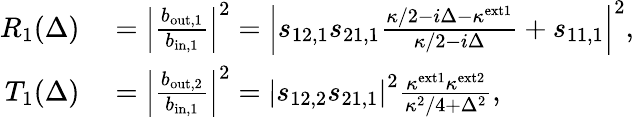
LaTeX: \begin{array}{rl}{R_{1}(\Delta)}&{{}=\left|\frac{b_{\mathrm{out,1}}}{b_{\mathrm{in,1}}}\right|^{2}=\left|s_{12,1}s_{21,1}\frac{\kappa/2-i\Delta-\kappa^{\mathrm{ext1}}}{\kappa/2-i\Delta}+s_{11,1}\right|^{2},}\\ {T_{1}(\Delta)}&{{}=\left|\frac{b_{\mathrm{out,2}}}{b_{\mathrm{in,1}}}\right|^{2}=\left|s_{12,2}s_{21,1}\right|^{2}\frac{\kappa^{\mathrm{ext1}}\kappa^{\mathrm{ext2}}}{\kappa^{2}/4+\Delta^{2}},}\end{array}